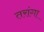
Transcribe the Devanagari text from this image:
तरांगा